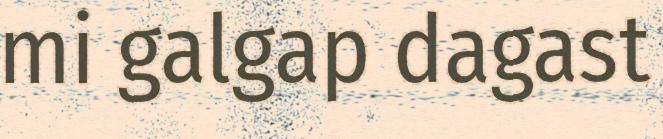
mi galgap dagast